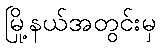
မြို့နယ်အတွင်းမှ